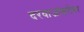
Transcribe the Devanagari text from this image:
दरवाजांबरोबर